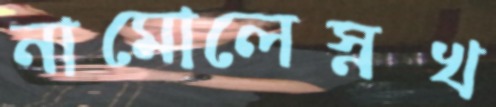
নামোলেস্নখ